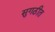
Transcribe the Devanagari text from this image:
सुगठीत